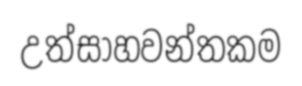
උත්සාහවන්තකම